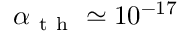
\alpha _ { \mathrm { ~ t ~ h ~ } } \simeq 1 0 ^ { - 1 7 }